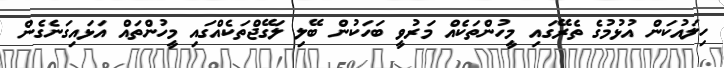
ހިލައުކަން އުޅުމުގެ ތެރޭގައި މީހުންތަކެއް މަރުވީ ބަހަކުން ބޭލި ލަގޭޖްތަކެއްގައި މީހުންތައް އަޅައިގަނެގެން